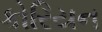
કોરિયન